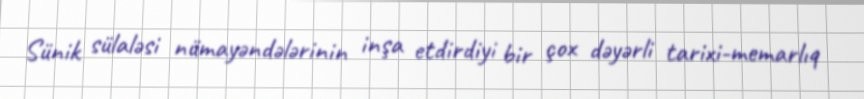
Sünik sülaləsi nümayəndələrinin inşa etdirdiyi bir çox dəyərli tarixi-memarlıq